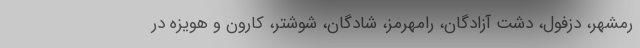
رمشهر، دزفول، دشت آزادگان، رامهرمز، شادگان، شوشتر، کارون و هویزه در